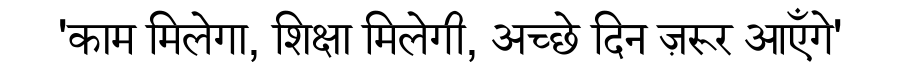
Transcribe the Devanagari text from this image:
'काम मिलेगा, शिक्षा मिलेगी, अच्छे दिन ज़रूर आएँगे'